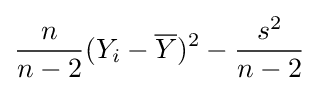
{\frac {n}{n-2}}(Y_{i}-{\overline {Y}})^{2}-{\frac {s^{2}}{n-2}}